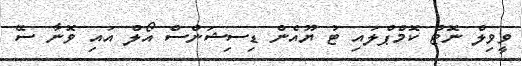
ވީވިލް ނޮޓް ކޮމްޕްލައި ޓު ޔޫއެން ޑިސިޝަންސް އޯލް އައި ވޮނާ ސޭ